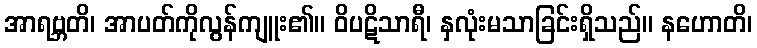
အာရဗ္ဘတိ၊ အာပတ်ကိုလွန်ကျူး၏။ ဝိပဋိသာရီ၊ နှလုံးမသာခြင်းရှိသည်။ နဟောတိ၊